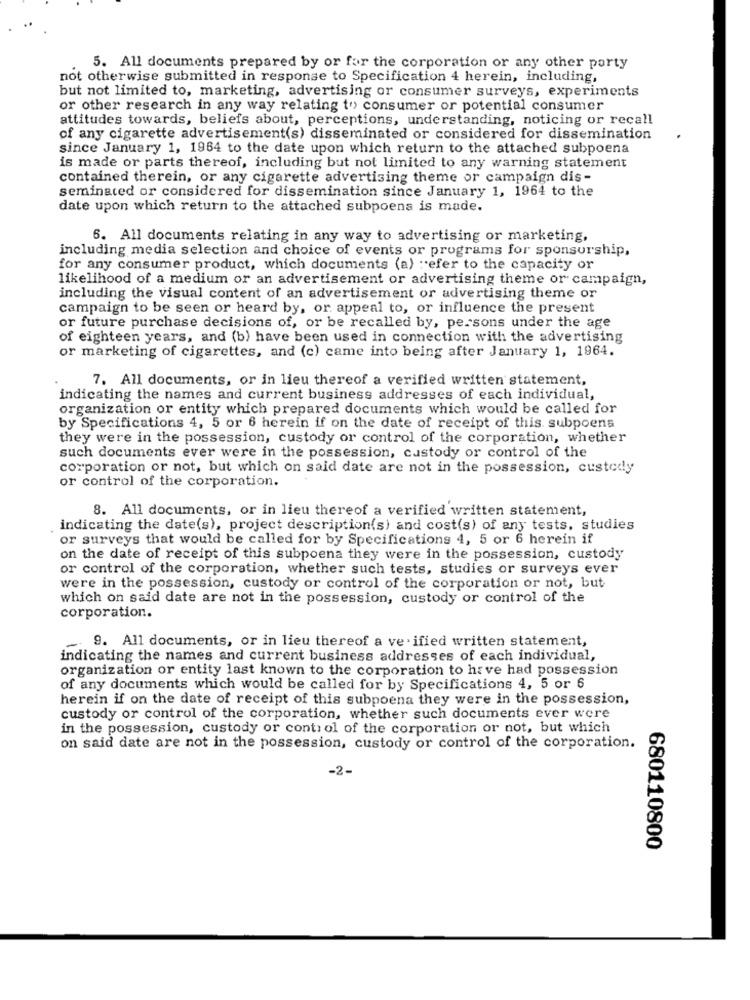
5. All documents prepared by or for the corporation or any other party
not otherwise submitted in response to Specification 4 herein, including,
but not limited to, marketing, advertising or consumer surveys, experiments
or other research in any way relating to consumer or potential consumer
attitudes towards, beliefs about, perceptions, understanding, noticing or recall
of any cigarette advertisement(s) disseminated or considered for dissemination
since January 1, 1964 to the date upon which return to the attached subpoena
is made or parts thereof, including but not limited to any warning statement
contained therein, or any cigarette advertising theme or campaign dis-
seminated or considered for dissemination since January 1, 1964 to the
date upon which return to the attached subpoens is made.
6. All documents relating in any way to advertising or marketing,
including media selection and choice of events or programs for sponsorship,
for any consumer product, which documents (a) :efer to the capacity or
likelihood of a medium or an advertisement or advertising theme or campaign,
including the visual content of an advertisement or advertising theme or
campaign to be seen or heard by, or appeal to, or influence the present
or future purchase decisions of, or be recalled by, persons under the age
of eighteen years, and (b) have been used in connection with the advertising
or marketing of cigarettes, and (c) came into being after January 1, 1964.
7. All documents, or in lieu thereof a verified written statement,
indicating the names and current business addresses of each individual,
organization or entity which prepared documents which would be called for
by Specifications 4, 5 or 6 herein if on the date of receipt of this. subpoens
they were in the possession, custody or control of the corporation, whether
such documents ever were in the possession, custody or control of the
corporation or not, but which on said date are not in the possession, custody
or control of the corporation.
8. All documents, or in lieu thereof a verified written statement,
indicating the date(s), project description(s) and cost(s) of any tests, studies
or surveys that would be called for by Specifications 4, 5 or 6 herein if
on the date of receipt of this subpoena they were in the possession, custody
or control of the corporation, whether such tests, studies or surveys ever
were in the possession, custody or control of the corporation or not, but
which on said date are not in the possession, custody or control of the
corporation.
9. All documents, or in lieu thereof a verified written statement,
indicating the names and current business addresses of each individual,
organization or entity last known to the corporation to have had possession
of any documents which would be called for by Specifications 4, 5 or 6
herein if on the date of receipt of this subpoena they were in the possession,
custody or control of the corporation, whether such documents ever were
in the possession, custody or control of the corporation or not, but which
on said date are not in the possession, custody or control of the corporation.
-2-
680110800